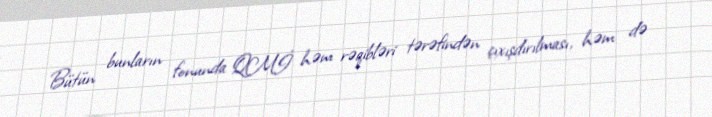
Bütün bunların fonunda QMİ həm rəqibləri tərəfindən çıxışdırılması, həm də